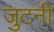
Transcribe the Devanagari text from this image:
जुटनी